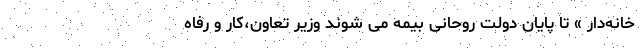
خانه‌دار » تا پایان دولت روحانی بیمه می شوند وزیر تعاون،کار و رفاه